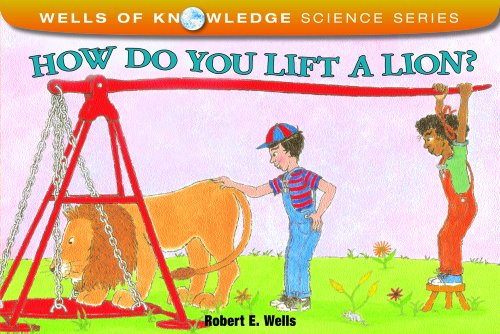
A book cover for How Do You Lift a Lion? (Wells of Knowledge Science Series); Robert E. Wells; Children's Books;